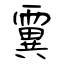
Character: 霬